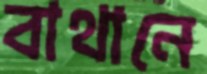
বাথানে